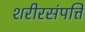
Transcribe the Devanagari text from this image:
शरीरसंपत्ति